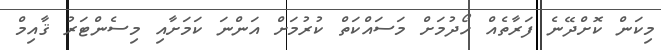
މިކަން ކޮށްދޭނެ ފަރާތެއް ހޯދުމަށް މަސައްކަތް ކުރުމަށް އަންނަ ކަމަށާއި މިސެންޓަރު ޤާއިމް